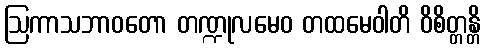
ဩကာသဘာဝတော တဏ္ဍုလမေဝ တထမေဝါတိ ဝိစိတ္တန္တိ